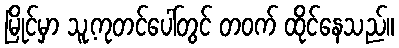
မြိုင်မှာ သူ့ကုတင်ပေါ်တွင် တဝက် ထိုင်နေသည်။